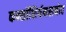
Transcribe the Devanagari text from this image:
कन्सॉशिर्यमसमोर